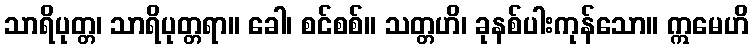
သာရိပုတ္တ၊ သာရိပုတ္တရာ။ ခေါ၊ စင်စစ်။ သတ္တဟိ၊ ခုနစ်ပါးကုန်သော။ ဣမေဟိ